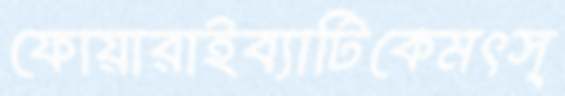
ফোয়ারাইব্যাটিকেমৎস্